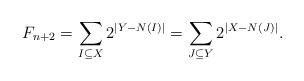
LaTeX: \begin{align*}F_{n+2} = \sum_{ I\subseteq X} 2^{|Y-N(I)|} = \sum_{J\subseteq Y} 2^{|X-N(J)|}. \end{align*}